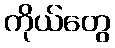
ကိုယ်တွေ